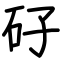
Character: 矷